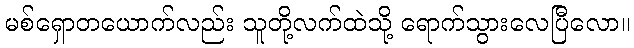
မစ်ရှောတယောက်လည်း သူတို့လက်ထဲသို့ ရောက်သွားလေပြီလော။